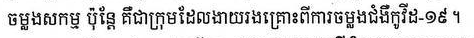
ចម្លងសកម្ម ប៉ុន្តែ គឺជាក្រុមដែលងាយរងគ្រោះពីការចម្លងជំងឺកូវីដ-១៩។